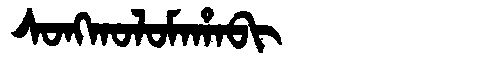
Manchu: ᠰᠣᠩᡴᠣᠯᠣᠮᠠᡥᠠᠪᡳ
Romanization: SONGKOLOMAHABI